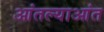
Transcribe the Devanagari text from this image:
आंतल्याआंत